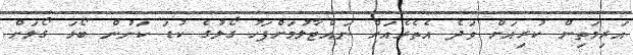
އަރިމަތިން ކުރިއަށް ވަދެ އެތެރެއަށް ނައްޓާލުމަށްފަހު ގޯލުގެ ކުޑަ ކަނުން ބޯޅަ ގޯލަށް